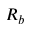
R _ { b }